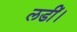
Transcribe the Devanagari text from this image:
लडीं।